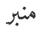
منبر